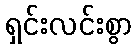
ရှင်းလင်းစွာ